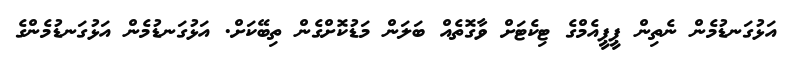
އަޅުގަނޑުމެން ނެތިން ޕީޕީއެމްގެ ޓިކެޓަށް ވާގޮތެއް ބަލަން މަޑުކޮށްގެން ތިބޭކަށް. އަޅުގަނޑުމެން އަޅުގަނޑުމެންގެ